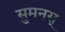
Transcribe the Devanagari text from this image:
सुमनस्‌